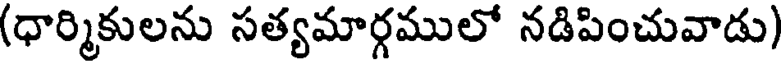
(ధార్మికులను సత్యమార్గములో నడిపించువాడు)